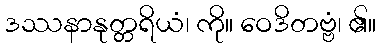
ဒဿနာနုတ္တရိယံ၊ ကို။ ဝေဒိတဗ္ဗံ၊ ၏။